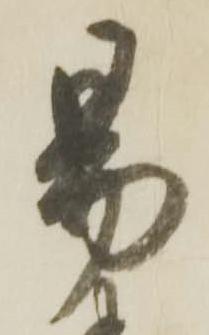
易